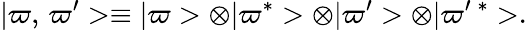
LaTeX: \vert\varpi,\, \varpi^{\prime}>\equiv\vert\varpi>\otimes\vert\varpi^{*}>\otimes\vert\varpi^{\prime}>\otimes\vert\varpi^{\prime}\, ^{*}>.